Indian journal of veterinary science and animal husbandry - Volumes 24-25, 1954-1955
Year: 1954
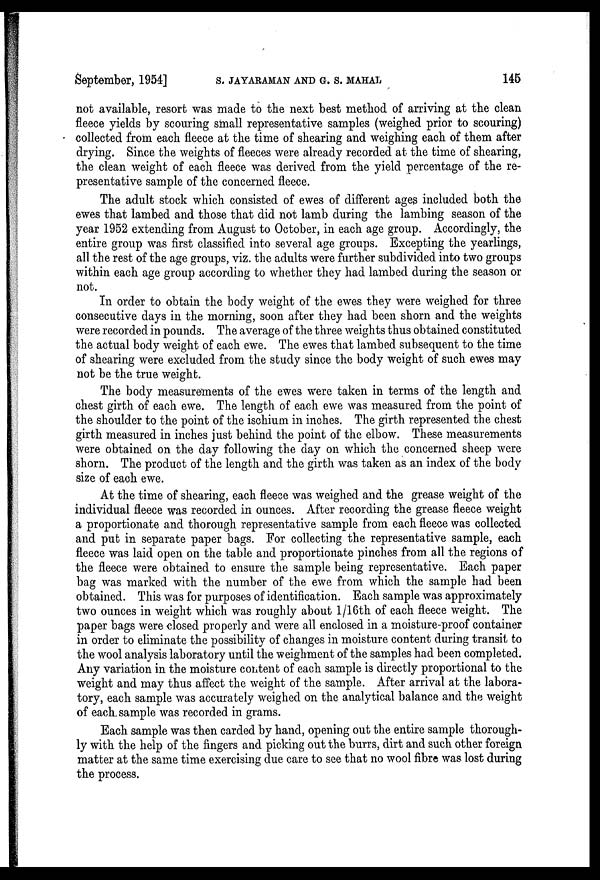
September, 1954] S. JAYARAMAN AND G. S. MAHAL 145
not available, resort was made to the next best method of arriving at the clean
fleece yields by scouring small representative samples (weighed prior to scouring)
collected from each fleece at the time of shearing and weighing each of them after
drying. Since the weights of fleeces were already recorded at the time of shearing,
the clean weight of each fleece was derived from the yield percentage of the re-
presentative sample of the concerned fleece.
The adult stock which consisted of ewes of different ages included both the
ewes that lambed and those that did not lamb during the lambing season of the
year 1952 extending from August to October, in each age group. Accordingly, the
entire group was first classified into several age groups. Excepting the yearlings,
all the rest of the age groups, viz. the adults were further subdivided into two groups
within each age group according to whether they had lambed during the season or
not.
In order to obtain the body weight of the ewes they were weighed for three
consecutive days in the morning, soon after they had been shorn and the weights
were recorded in pounds. The average of the three weights thus obtained constituted
the actual body weight of each ewe. The ewes that lambed subsequent to the time
of shearing were excluded from the study since the body weight of such ewes may
not be the true weight.
The body measurements of the ewes were taken in terms of the length and
chest girth of each ewe. The length of each ewe was measured from the point of
the shoulder to the point of the ischium in inches. The girth represented the chest
girth measured in inches just behind the point of the elbow. These measurements
were obtained on the day following the day on which the concerned sheep were
shorn. The product of the length and the girth was taken as an index of the body
size of each ewe.
At the time of shearing, each fleece was weighed and the grease weight of the
individual fleece was recorded in ounces. After recording the grease fleece weight
a proportionate and thorough representative sample from each fleece was collected
and put in separate paper bags. For collecting the representative sample, each
fleece was laid open on the table and proportionate pinches from all the regions of
the fleece were obtained to ensure the sample being representative. Each paper
bag was marked with the number of the ewe from which the sample had been
obtained. This was for purposes of identification. Each sample was approximately
two ounces in weight which was roughly about l/16th of each fleece weight. The
paper bags were closed properly and were all enclosed in a moisture-proof container
in order to eliminate the possibility of changes in moisture content during transit to
the wool analysis laboratory until the weighment of the samples had been completed.
Any variation in the moisture content of each sample is directly proportional to the
weight and may thus affect the weight of the sample. After arrival at the labora-
tory, each sample was accurately weighed on the analytical balance and the weight
of each sample was recorded in grams.
Each sample was then carded by hand, opening out the entire sample thorough-
ly with the help of the fingers and picking out the burrs, dirt and such other foreign
matter at the same time exercising due care to see that no wool fibre was lost during
the process.